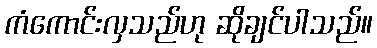
ကံကောင်းလှသည်ဟု ဆိုချင်ပါသည်။